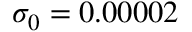
\sigma _ { 0 } = 0 . 0 0 0 0 2